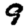
Digit: 9